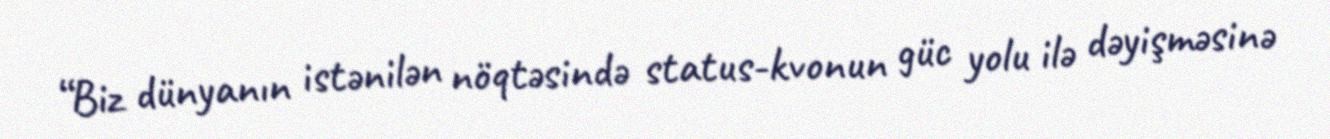
“Biz dünyanın istənilən nöqtəsində status-kvonun güc yolu ilə dəyişməsinə